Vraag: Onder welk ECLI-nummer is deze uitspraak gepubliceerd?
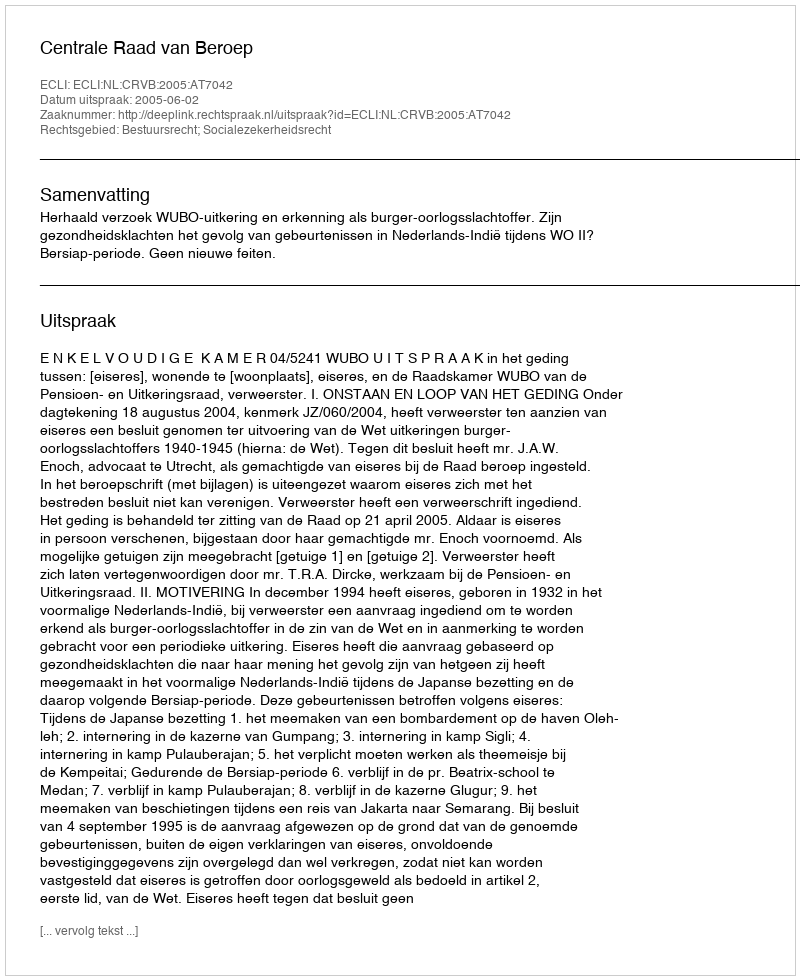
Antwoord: ECLI:NL:CRVB:2005:AT7042